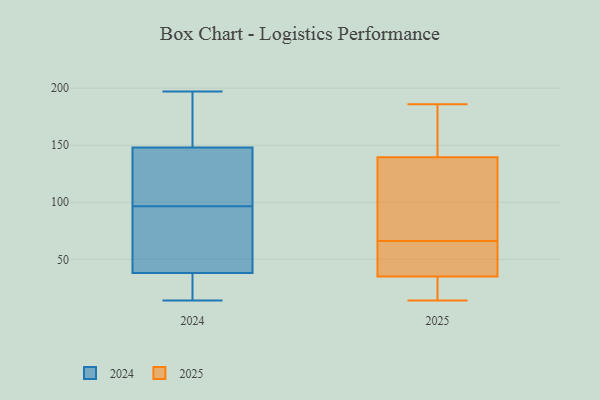
{"axis": {"x": "Website Visitors", "y": "Value"}, "legend": ["2024", "2025"], "data": [{"x": "", "y": 64, "type": "2025"}, {"x": "", "y": 175, "type": "2025"}, {"x": "", "y": 115, "type": "2025"}, {"x": "", "y": 181, "type": "2025"}, {"x": "", "y": 57, "type": "2025"}, {"x": "", "y": 141, "type": "2025"}, {"x": "", "y": 68, "type": "2025"}, {"x": "", "y": 35, "type": "2025"}, {"x": "", "y": 52, "type": "2025"}, {"x": "", "y": 51, "type": "2025"}, {"x": "", "y": 23, "type": "2025"}, {"x": "", "y": 169, "type": "2025"}, {"x": "", "y": 92, "type": "2025"}, {"x": "", "y": 186, "type": "2025"}, {"x": "", "y": 22, "type": "2025"}, {"x": "", "y": 113, "type": "2025"}, {"x": "", "y": 14, "type": "2025"}, {"x": "", "y": 19, "type": "2025"}, {"x": "", "y": 35, "type": "2025"}, {"x": "", "y": 138, "type": "2025"}, {"x": "", "y": 79, "type": "2024"}, {"x": "", "y": 74, "type": "2024"}, {"x": "", "y": 114, "type": "2024"}, {"x": "", "y": 14, "type": "2024"}, {"x": "", "y": 38, "type": "2024"}, {"x": "", "y": 176, "type": "2024"}, {"x": "", "y": 14, "type": "2024"}, {"x": "", "y": 21, "type": "2024"}, {"x": "", "y": 197, "type": "2024"}, {"x": "", "y": 129, "type": "2024"}, {"x": "", "y": 134, "type": "2024"}, {"x": "", "y": 27, "type": "2024"}, {"x": "", "y": 148, "type": "2024"}, {"x": "", "y": 76, "type": "2024"}, {"x": "", "y": 195, "type": "2024"}, {"x": "", "y": 146, "type": "2024"}, {"x": "", "y": 182, "type": "2024"}, {"x": "", "y": 63, "type": "2024"}]}